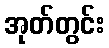
အုတ်တွင်း